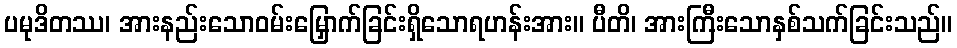
ပမုဒိတဿ၊ အားနည်းသောဝမ်းမြှောက်ခြင်းရှိသောရဟန်းအား။ ပီတိ၊ အားကြီးသောနှစ်သက်ခြင်းသည်။